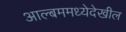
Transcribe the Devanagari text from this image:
आल्बममध्येदेखील